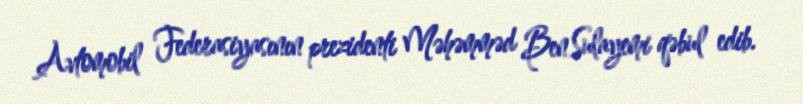
Avtomobil Federasiyasının prezidenti Məhəmməd Ben Sulayemi qəbul edib.